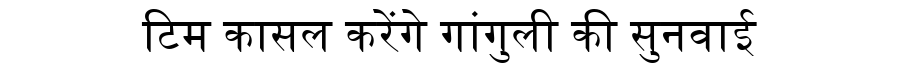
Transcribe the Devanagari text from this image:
टिम कासल करेंगे गांगुली की सुनवाई